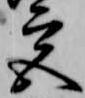
宮